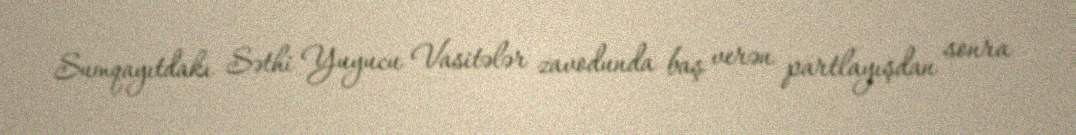
Sumqayıtdakı Səthi Yuyucu Vasitələr zavodunda baş verən partlayışdan sonra